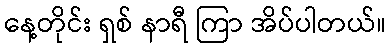
နေ့တိုင်း ရှစ် နာရီ ကြာ အိပ်ပါတယ်။